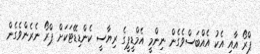
ޕްރޯ އާއި އެކު އެއްބަސްވެގެން ނިންމީ އެމްޑީޕީގެ ރިޔާސީ ކެންޑިޑޭޓަކަށް ޕްރޯ ނެރެެންވެގެން